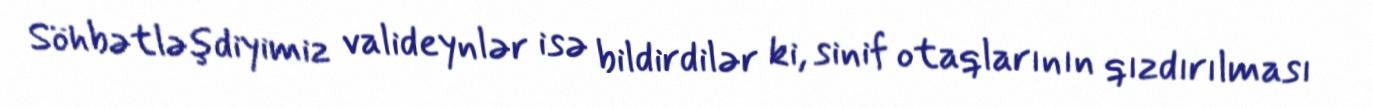
Söhbətləşdiyimiz valideynlər isə bildirdilər ki, sinif otaqlarının qızdırılması